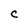
Character: C